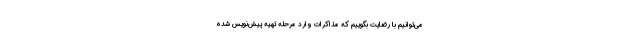
می‌توانیم با رضایت بگوییم که مذاکرات وارد مرحله تهیه پیش‌نویس شده